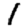
Digit: 1